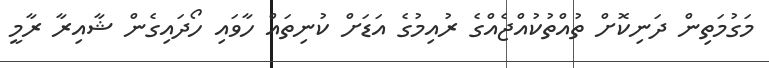
މަގުމަތިން ދަނިކޮށް ތުއްތުކުއްޖެއްގެ ރުއިމުގެ އަޑަށް ކުނިތައް ހާވައި ހޯދައިގެން ޝާއިރާ ރާމީ